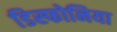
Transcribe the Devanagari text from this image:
डिस्फोनिया